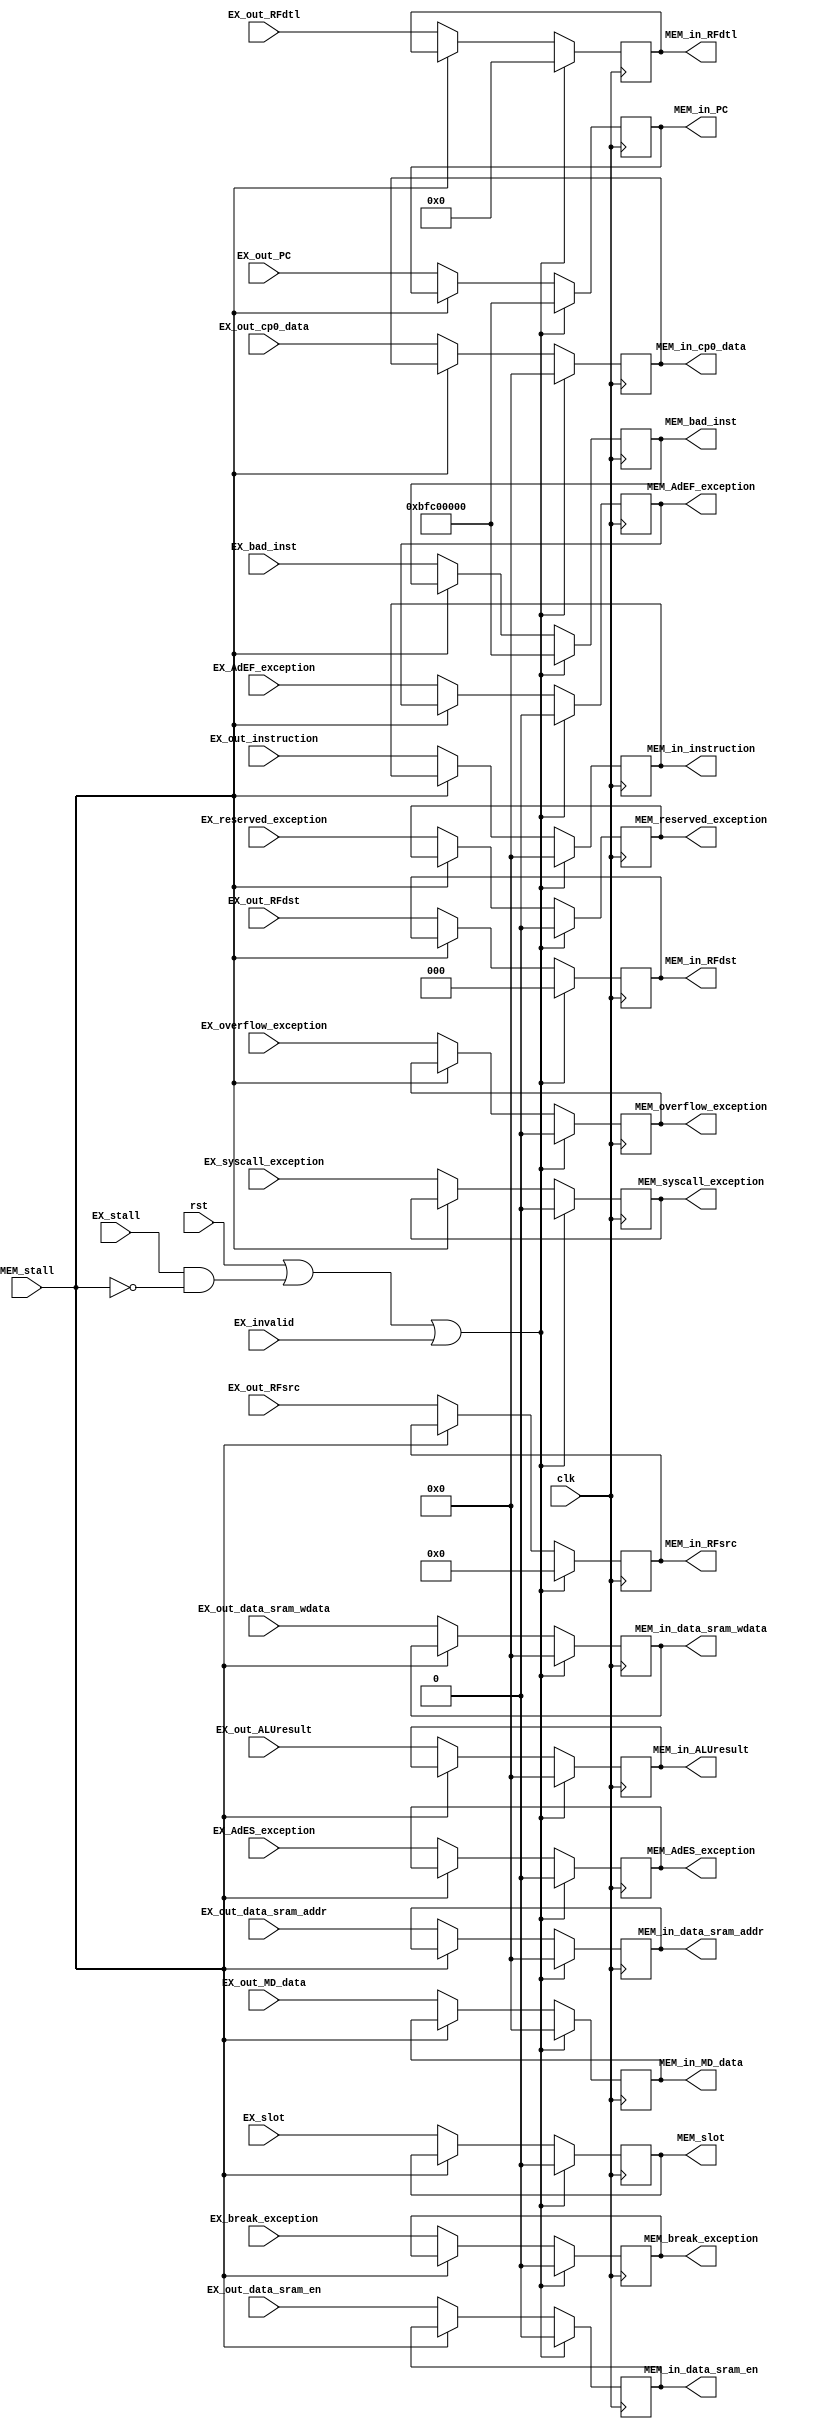
module EX_MEM(
    input         clk,
    input         rst,
    input         EX_stall,
    input         MEM_stall,
	input         EX_invalid,

    input  [31:0] EX_out_ALUresult,
    input  [31:0] EX_out_MD_data,
    input  [31:0] EX_out_PC,
	input  [31:0] EX_bad_inst,
    input  [31:0] EX_out_instruction,
    input  [31:0] EX_out_data_sram_addr,
    input  [31:0] EX_out_data_sram_wdata,
	input         EX_out_data_sram_en,
    input  [2 :0] EX_out_RFdst,
    input  [4 :0] EX_out_RFsrc,
	input  [6 :0] EX_out_RFdtl,
	input  [31:0] EX_out_cp0_data,
	input         EX_syscall_exception,
	input         EX_break_exception,
	input         EX_reserved_exception,
	input         EX_overflow_exception,
	input         EX_AdES_exception,
	input         EX_AdEF_exception,
	input         EX_slot,

    output [31:0] MEM_in_ALUresult,
    output [31:0] MEM_in_MD_data,
    output [31:0] MEM_in_PC,
	output [31:0] MEM_bad_inst,
    output [31:0] MEM_in_instruction,
    output [31:0] MEM_in_data_sram_addr,
    output [31:0] MEM_in_data_sram_wdata,
	output        MEM_in_data_sram_en,
    output [2 :0] MEM_in_RFdst,
    output [4 :0] MEM_in_RFsrc,
	output [6 :0] MEM_in_RFdtl,
	output [31:0] MEM_in_cp0_data,
	output        MEM_syscall_exception,
	output        MEM_break_exception,
	output        MEM_reserved_exception,
	output        MEM_overflow_exception,
	output        MEM_AdES_exception,
	output        MEM_AdEF_exception,
	output        MEM_slot 
);
	
	reg [31:0] reg_ALUresult;
	reg [31:0] reg_MD_data;
    reg [31:0] reg_PC;
	reg [31:0] reg_bad_inst;
    reg [31:0] reg_instruction;
    reg [31:0] reg_data_sram_addr;
    reg [31:0] reg_data_sram_wdata;
	reg        reg_data_sram_en;
    reg [2 :0] reg_RFdst;
    reg [4 :0] reg_RFsrc;
	reg [6 :0] reg_RFdtl;
	reg [31:0] reg_cp0_data;
	reg        reg_syscall_exception;
	reg        reg_break_exception;
	reg		   reg_reserved_exception;
	reg        reg_overflow_exception;
	reg        reg_AdES_exception;
	reg        reg_AdEF_exception;
	reg        reg_slot;

    assign MEM_in_ALUresult       = reg_ALUresult;
    assign MEM_in_MD_data         = reg_MD_data;
    assign MEM_in_PC              = reg_PC;
	assign MEM_bad_inst           = reg_bad_inst;
    assign MEM_in_instruction     = reg_instruction;
    assign MEM_in_data_sram_addr  = reg_data_sram_addr;
    assign MEM_in_data_sram_wdata = reg_data_sram_wdata;
	assign MEM_in_data_sram_en    = reg_data_sram_en;
    assign MEM_in_RFdst           = reg_RFdst;
    assign MEM_in_RFsrc           = reg_RFsrc;
	assign MEM_in_RFdtl           = reg_RFdtl;
	assign MEM_in_cp0_data        = reg_cp0_data;
	assign MEM_syscall_exception  = reg_syscall_exception;
	assign MEM_break_exception    = reg_break_exception;
	assign MEM_reserved_exception = reg_reserved_exception;
	assign MEM_overflow_exception = reg_overflow_exception;
	assign MEM_AdES_exception     = reg_AdES_exception;
	assign MEM_AdEF_exception     = reg_AdEF_exception;
	assign MEM_slot               = reg_slot;

	always @(posedge clk) begin
		if (rst | (EX_stall & ~MEM_stall) | EX_invalid) begin
	        reg_ALUresult       <= 32'd0;
	        reg_MD_data         <= 32'd0;
	        reg_PC              <= 32'hbfc00000;
			reg_bad_inst        <= 32'hbfc00000;
	        reg_instruction     <= 32'd0;
	        reg_data_sram_addr  <= 32'd0;
	        reg_data_sram_wdata <= 32'd0;
			reg_data_sram_en    <= 1'b0;
	        reg_RFdst           <= 3'b000;
	        reg_RFsrc           <= 5'b00000;
			reg_RFdtl           <= 6'd0;
			reg_cp0_data        <= 32'd0;
			reg_syscall_exception <= 1'b0;
			reg_break_exception <= 1'b0;
			reg_reserved_exception <= 1'b0;
			reg_overflow_exception <= 1'b0;
			reg_AdES_exception  <= 1'b0;
			reg_AdEF_exception  <= 1'b0;
			reg_slot            <= 1'b0;
		end else if (MEM_stall) begin
		end else begin
	        reg_ALUresult       <= EX_out_ALUresult;
	        reg_MD_data         <= EX_out_MD_data;
	        reg_PC              <= EX_out_PC;
			reg_bad_inst        <= EX_bad_inst;
	        reg_instruction     <= EX_out_instruction;
	        reg_data_sram_addr  <= EX_out_data_sram_addr;
	        reg_data_sram_wdata <= EX_out_data_sram_wdata;
			reg_data_sram_en    <= EX_out_data_sram_en;
	        reg_RFdst           <= EX_out_RFdst;
	        reg_RFsrc           <= EX_out_RFsrc;
			reg_RFdtl           <= EX_out_RFdtl;
			reg_cp0_data        <= EX_out_cp0_data;
			reg_syscall_exception <= EX_syscall_exception;
			reg_break_exception <= EX_break_exception;
			reg_reserved_exception <= EX_reserved_exception;
			reg_overflow_exception <= EX_overflow_exception;
			reg_AdES_exception  <= EX_AdES_exception;
			reg_AdEF_exception  <= EX_AdEF_exception;
			reg_slot            <= EX_slot;
		end
	end

endmodule